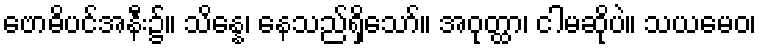
ဗောဓိပင်အနီး၌။ သိန္နေ၊ နေသည်ရှိသော်။ အဝုတ္ထာ၊ ငါမဆိုပဲ။ သယမေဝ၊